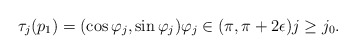
\begin{align*} \tau_j(p_1) = (\cos \varphi_j,\sin\varphi_j) \varphi_j\in (\pi,\pi + 2\epsilon) j\geq j_0. \end{align*}